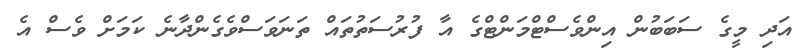
އަދި މީގެ ސަބަބުން އިންވެސްޓްމަންޓްގެ އާ ފުރުސަތުތައް ތަނަވަސްވެގެންދާނެ ކަމަށް ވެސް އެ